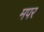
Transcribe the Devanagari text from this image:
मपर